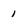
Character: 1